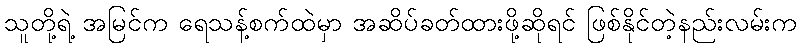
သူတို့ရဲ့ အမြင်က ရေသန့်စက်ထဲမှာ အဆိပ်ခတ်ထားဖို့ဆိုရင် ဖြစ်နိုင်တဲ့နည်းလမ်းက